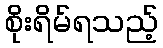
စိုးရိမ်ရသည့်